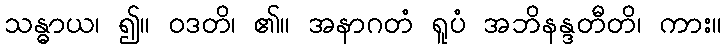
သန္ဓာယ၊ ၍။ ဝဒတိ၊ ၏။ အနာဂတံ ရူပံ အဘိနန္ဒတီတိ၊ ကား။